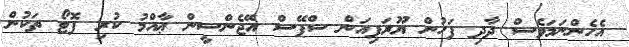
އެހެންނަމަވެސް ދާދި ފަހުން ޔޫރަޕިއަން ސްޕޭސް އޭޖެންސީން ޢާއްމު ކުރި ފޮޓޯ ތަކުން